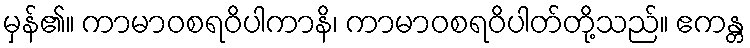
မှန်၏။ ကာမာဝစရဝိပါကာနိ၊ ကာမာဝစရဝိပါတ်တို့သည်။ ဧကန္တ